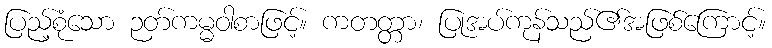
ပြည့်စုံသော ဉတ်ကမ္မဝါစာဖြင့်။ ကတတ္တာ၊ ပြုအပ်ကုန်သည်၏အဖြစ်ကြောင့်။